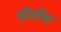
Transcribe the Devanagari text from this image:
चौखँभा